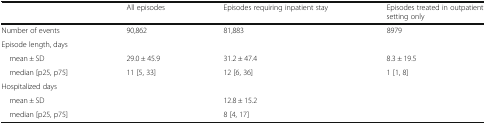
<table><thead><tr><td></td><td><b>All episodes</b></td><td><b>Episodes requiring inpatient stay</b></td><td><b>Episodes treated in outpatient setting only</b></td></tr></thead><tbody><tr><td>Number of events</td><td>90,862</td><td>81,883</td><td>8979</td></tr><tr><td>Episode length, days</td><td></td><td></td><td></td></tr><tr><td> mean ± SD</td><td>29.0 ± 45.9</td><td>31.2 ± 47.4</td><td>8.3 ± 19.5</td></tr><tr><td> median [p25, p75]</td><td>11 [5, 33]</td><td>12 [6, 36]</td><td>1 [1, 8]</td></tr><tr><td>Hospitalized days</td><td></td><td></td><td></td></tr><tr><td> mean ± SD</td><td></td><td>12.8 ± 15.2</td><td></td></tr><tr><td> median [p25, p75]</td><td></td><td>8 [4, 17]</td><td></td></tr></tbody></table>